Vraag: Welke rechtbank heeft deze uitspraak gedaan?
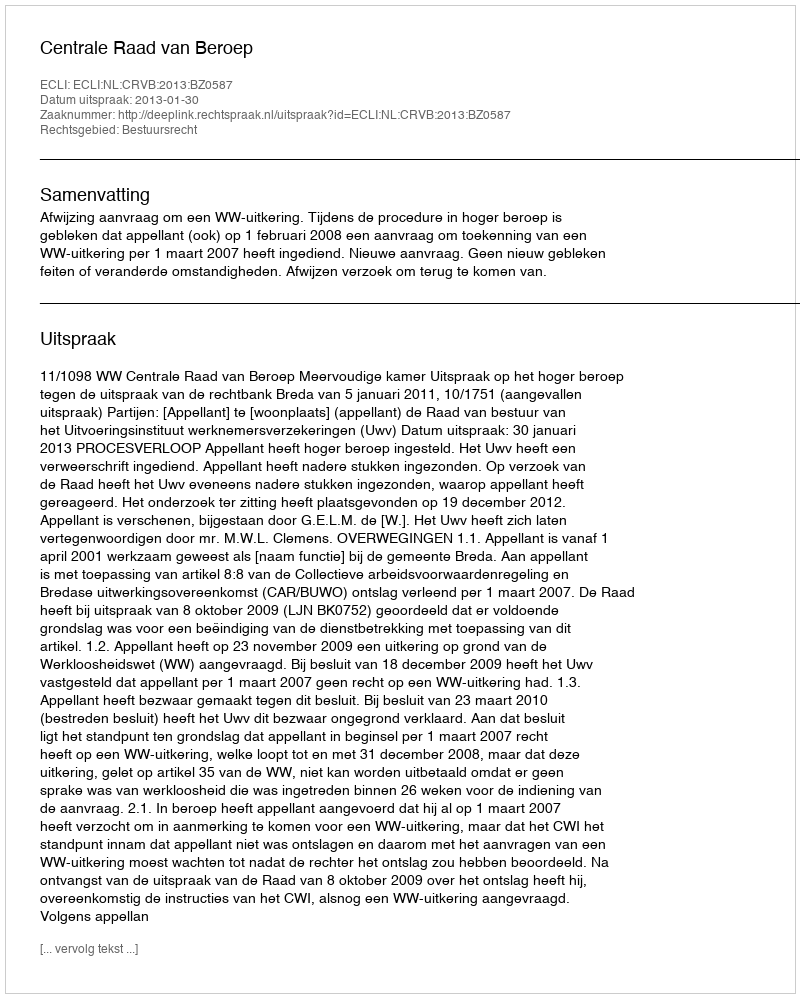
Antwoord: Centrale Raad van Beroep